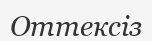
Оттексіз